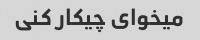
میخوای چیکار کنی